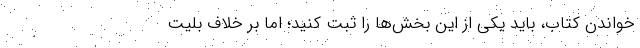
خواندن کتاب، باید یکی از این بخش‌ها را ثبت کنید؛ اما بر خلاف بلیت